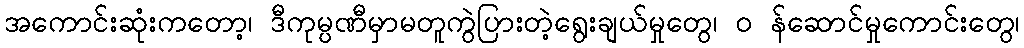
အကောင်းဆုံးကတော့၊ ဒီကုမ္ပဏီမှာမတူကွဲပြားတဲ့ရွေးချယ်မှုတွေ၊ ၀ န်ဆောင်မှုကောင်းတွေ၊